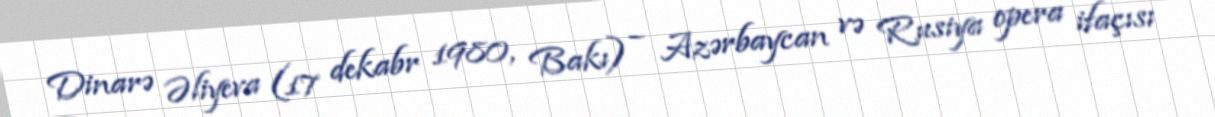
Dinarə Əliyeva (17 dekabr 1980, Bakı) – Azərbaycan və Rusiya opera ifaçısı